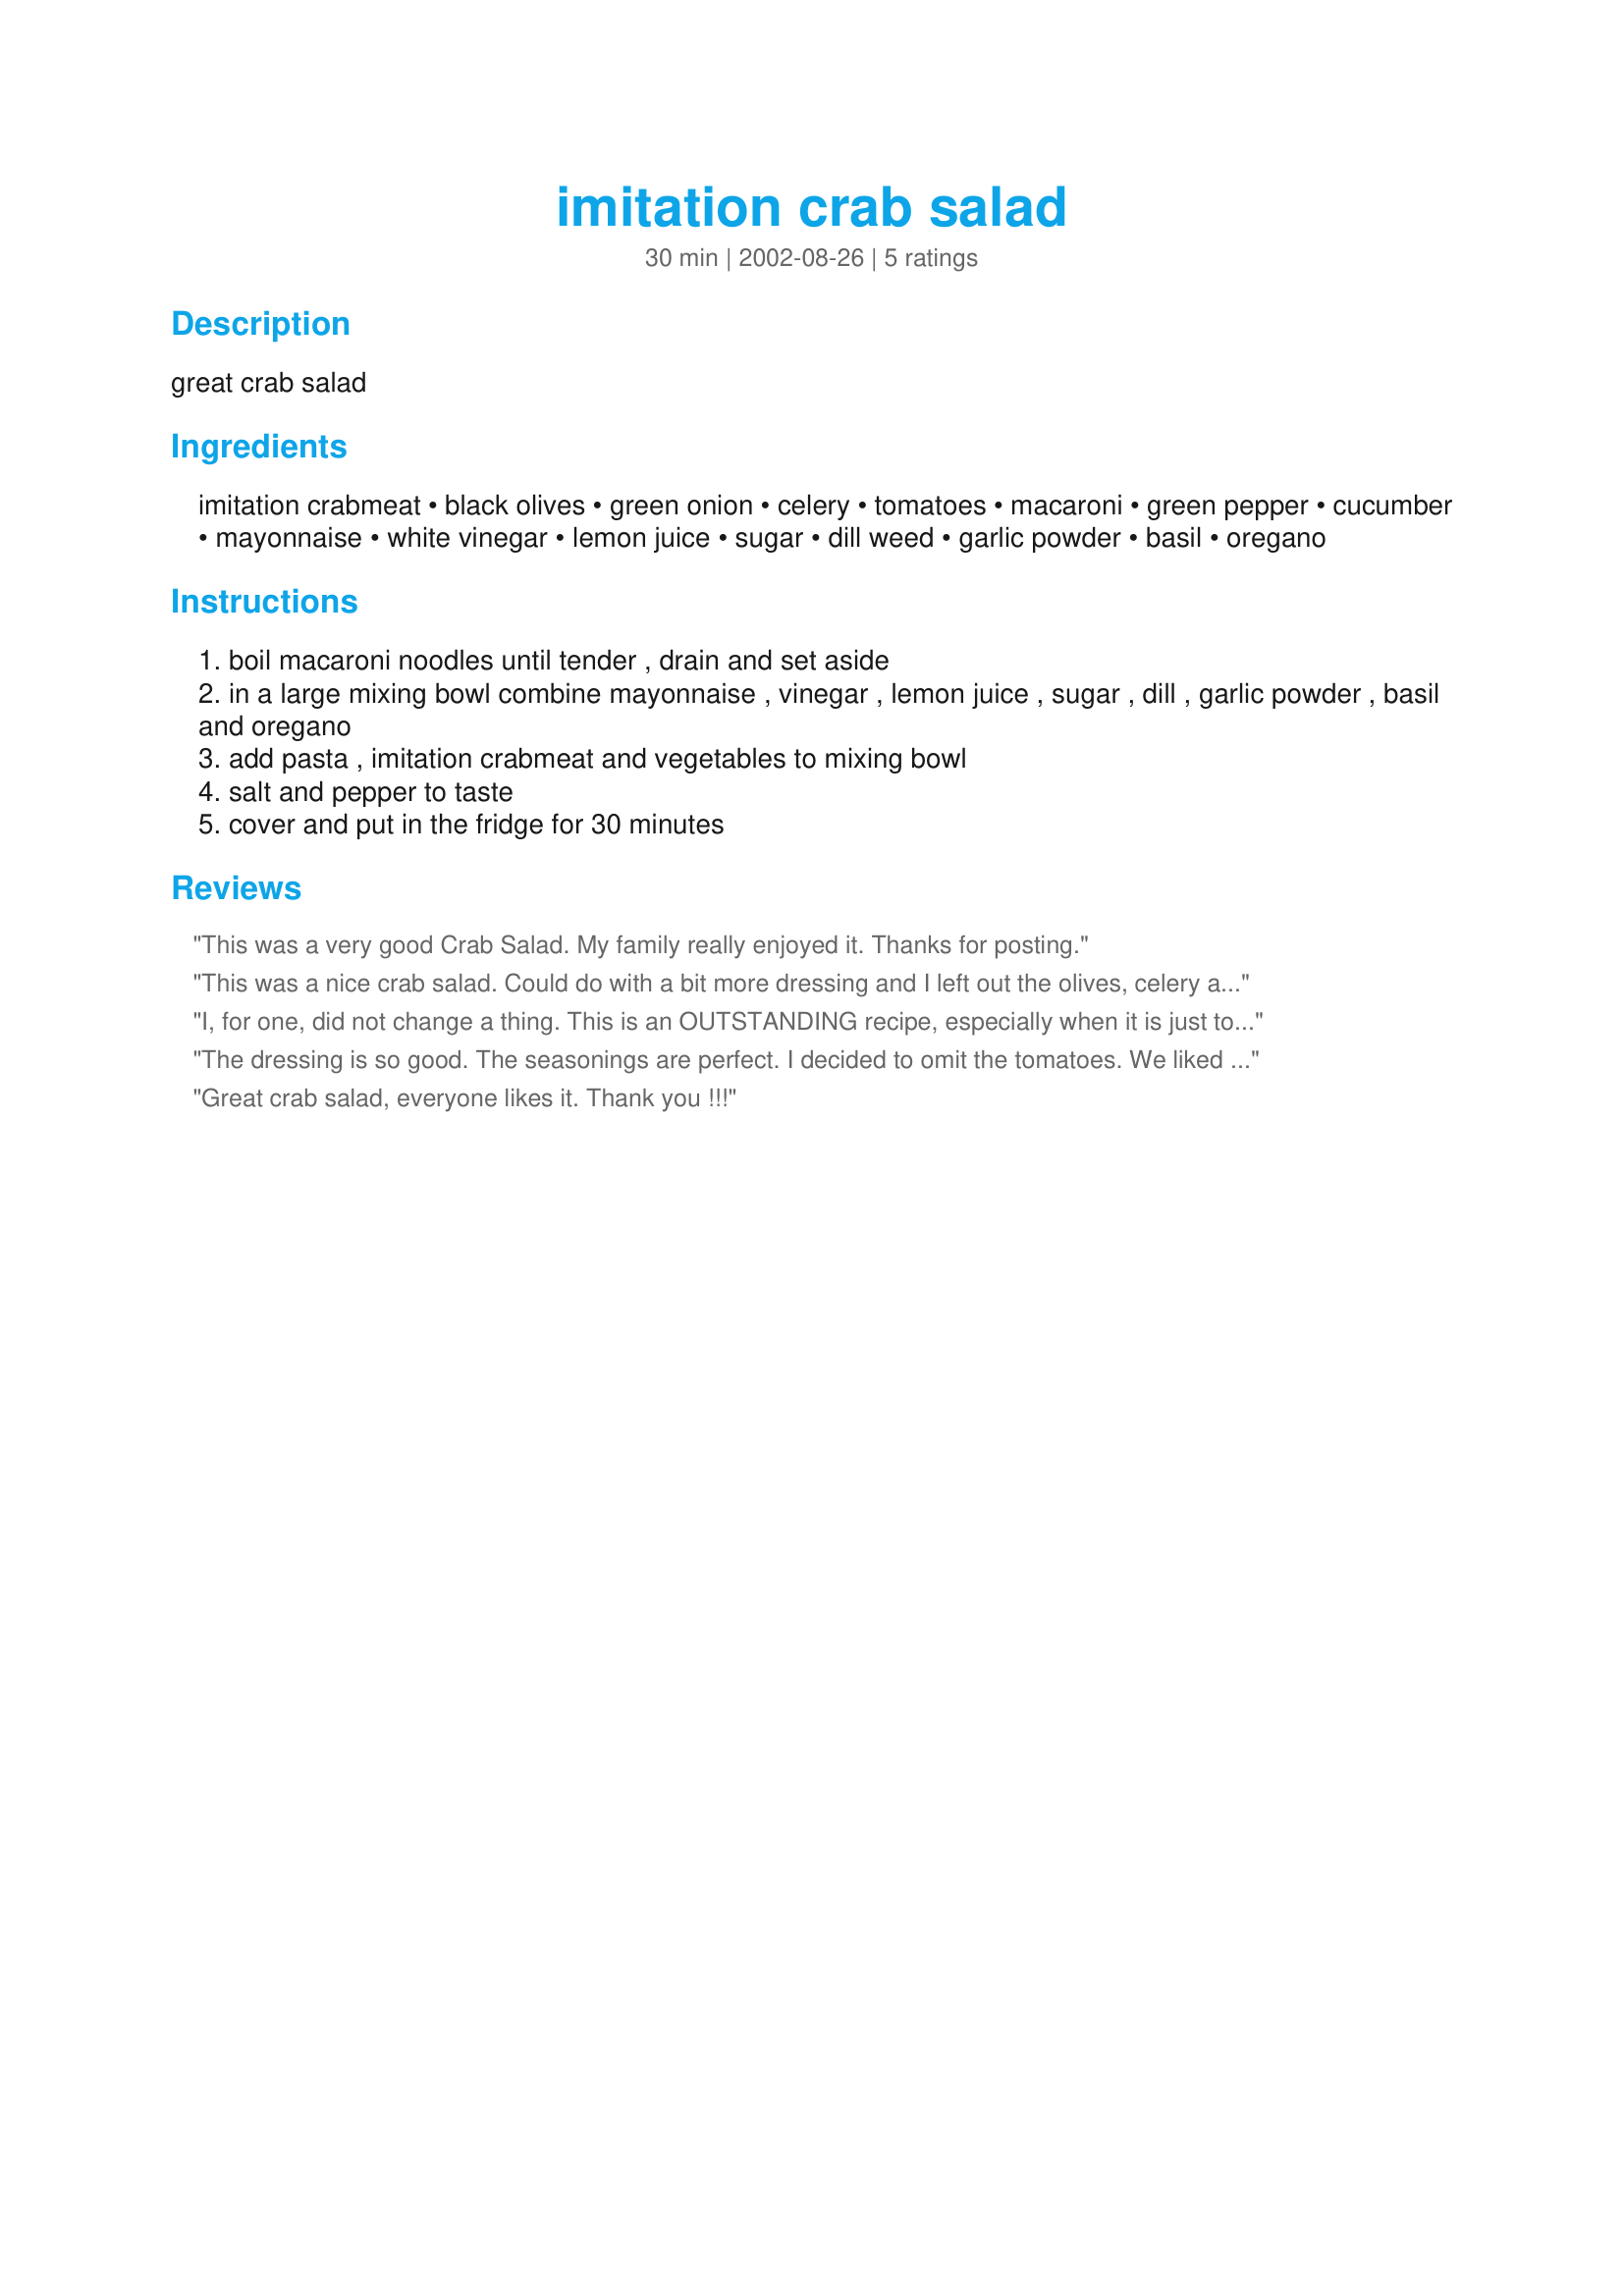
imitation crab salad
Preparation time: 30 minutes

great crab salad

Ingredients:
imitation crabmeat, black olives, green onion, celery, tomatoes, macaroni, green pepper, cucumber, mayonnaise, white vinegar, lemon juice, sugar, dill weed, garlic powder, basil, oregano

Steps:
boil macaroni noodles until tender , drain and set aside
in a large mixing bowl combine mayonnaise , vinegar , lemon juice , sugar , dill , garlic powder , basil and oregano
add pasta , imitation crabmeat and vegetables to mixing bowl
salt and pepper to taste
cover and put in the fridge for 30 minutes

Reviews:
This was a very good Crab Salad. My family really enjoyed it. Thanks for posting.
This was a nice crab salad. Could do with a bit more dressing and I left out the olives, celery and green peppers.
I, for one, did not change a thing. This is an OUTSTANDING recipe, especially when it is just too hot to cook!
The dressing is so good. The seasonings are perfect. I decided to omit the tomatoes. We liked this so much. My son chose to have this salad for his lunch. Thanks Tsmith :) Made for Name that ingredient tag game
Great crab salad, everyone likes it. Thank you !!!
